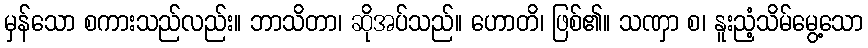
မှန်သော စကားသည်လည်း။ ဘာသိတာ၊ ဆိုအပ်သည်။ ဟောတိ၊ ဖြစ်၏။ သဏှာ စ၊ နူးညံ့သိမ်မွေ့သော